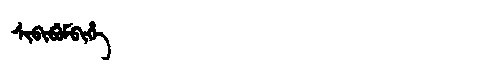
Manchu: ᠰᡳᠪᡳᠪᡠᠮᠪᡳᡥᡝ
Romanization: SIBIBUMBIHE